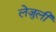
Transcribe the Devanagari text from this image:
लेजुली